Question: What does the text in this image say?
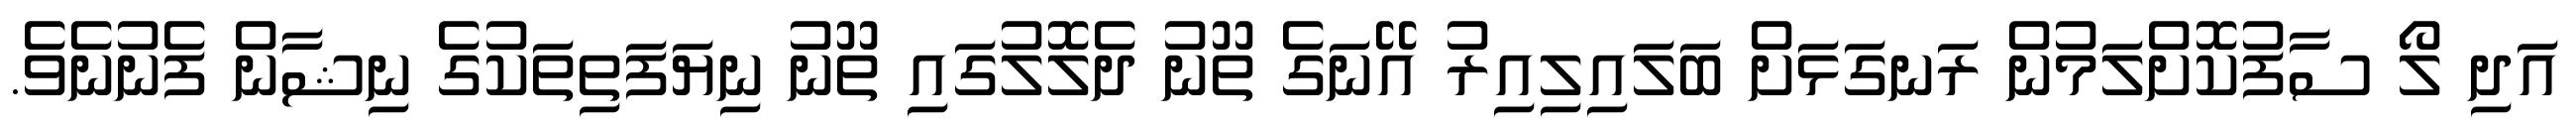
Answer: އަދި ލޯ ސާފުކޮށްލަމުން ރަނގަޅަށް ބަލައިލިއިރު އޭނަގެ ތޫނު ދެލޮލުގައި ތޫނު ނިޔަފަތިތަކުގެ ނިޝާން ފެނުނެވެ.